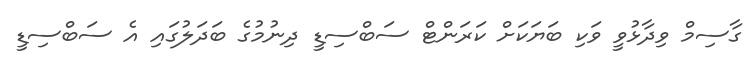
ގާސިމް ވިދާޅުވީ ވަކި ބަޔަކަށް ކަރަންޓް ސަބްސިޑީ ދިނުމުގެ ބަދަލުގައި އެ ސަބްސިޑީ